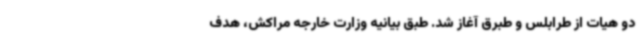
دو هیات از طرابلس و طبرق آغاز شد. طبق بیانیه وزارت خارجه مراکش، هدف